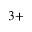
_ { 3 + }